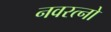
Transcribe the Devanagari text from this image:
नवरत्नो